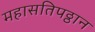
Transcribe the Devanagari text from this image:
महासतिपठ्ठान